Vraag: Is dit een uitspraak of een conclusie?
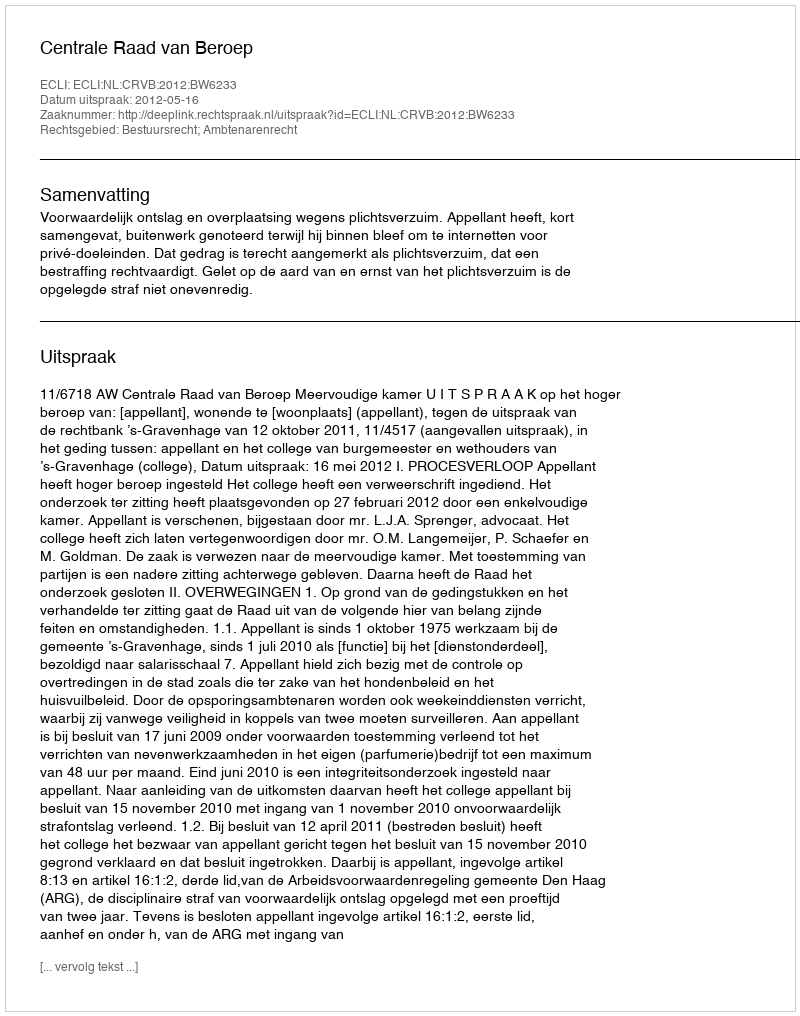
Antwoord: Uitspraak